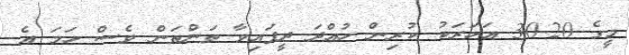
މީގެ 20-30 އަހަރަކު ކުރިން ހުއްދަ ދީފައިވާ ތަންތަން ވެސް ހަމަ އެ